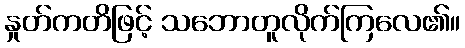
နှုတ်ကတိဖြင့် သဘောတူလိုက်ကြလေ၏။